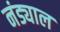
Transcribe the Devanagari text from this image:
नंड्याल